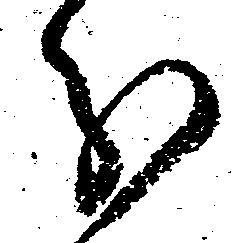
分